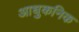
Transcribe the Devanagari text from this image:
आधुकनिक